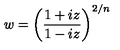
w = \left( \frac { 1 + i z } { 1 - i z } \right) ^ { 2 / n }